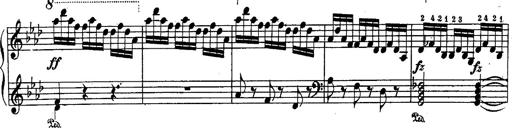
Title: Schubert's Impromptus [revised and edited by Franz Liszt]
Composer: Franz Liszt